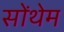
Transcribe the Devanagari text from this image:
सोंथेम